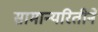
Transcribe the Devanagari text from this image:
सामान्यरितीने